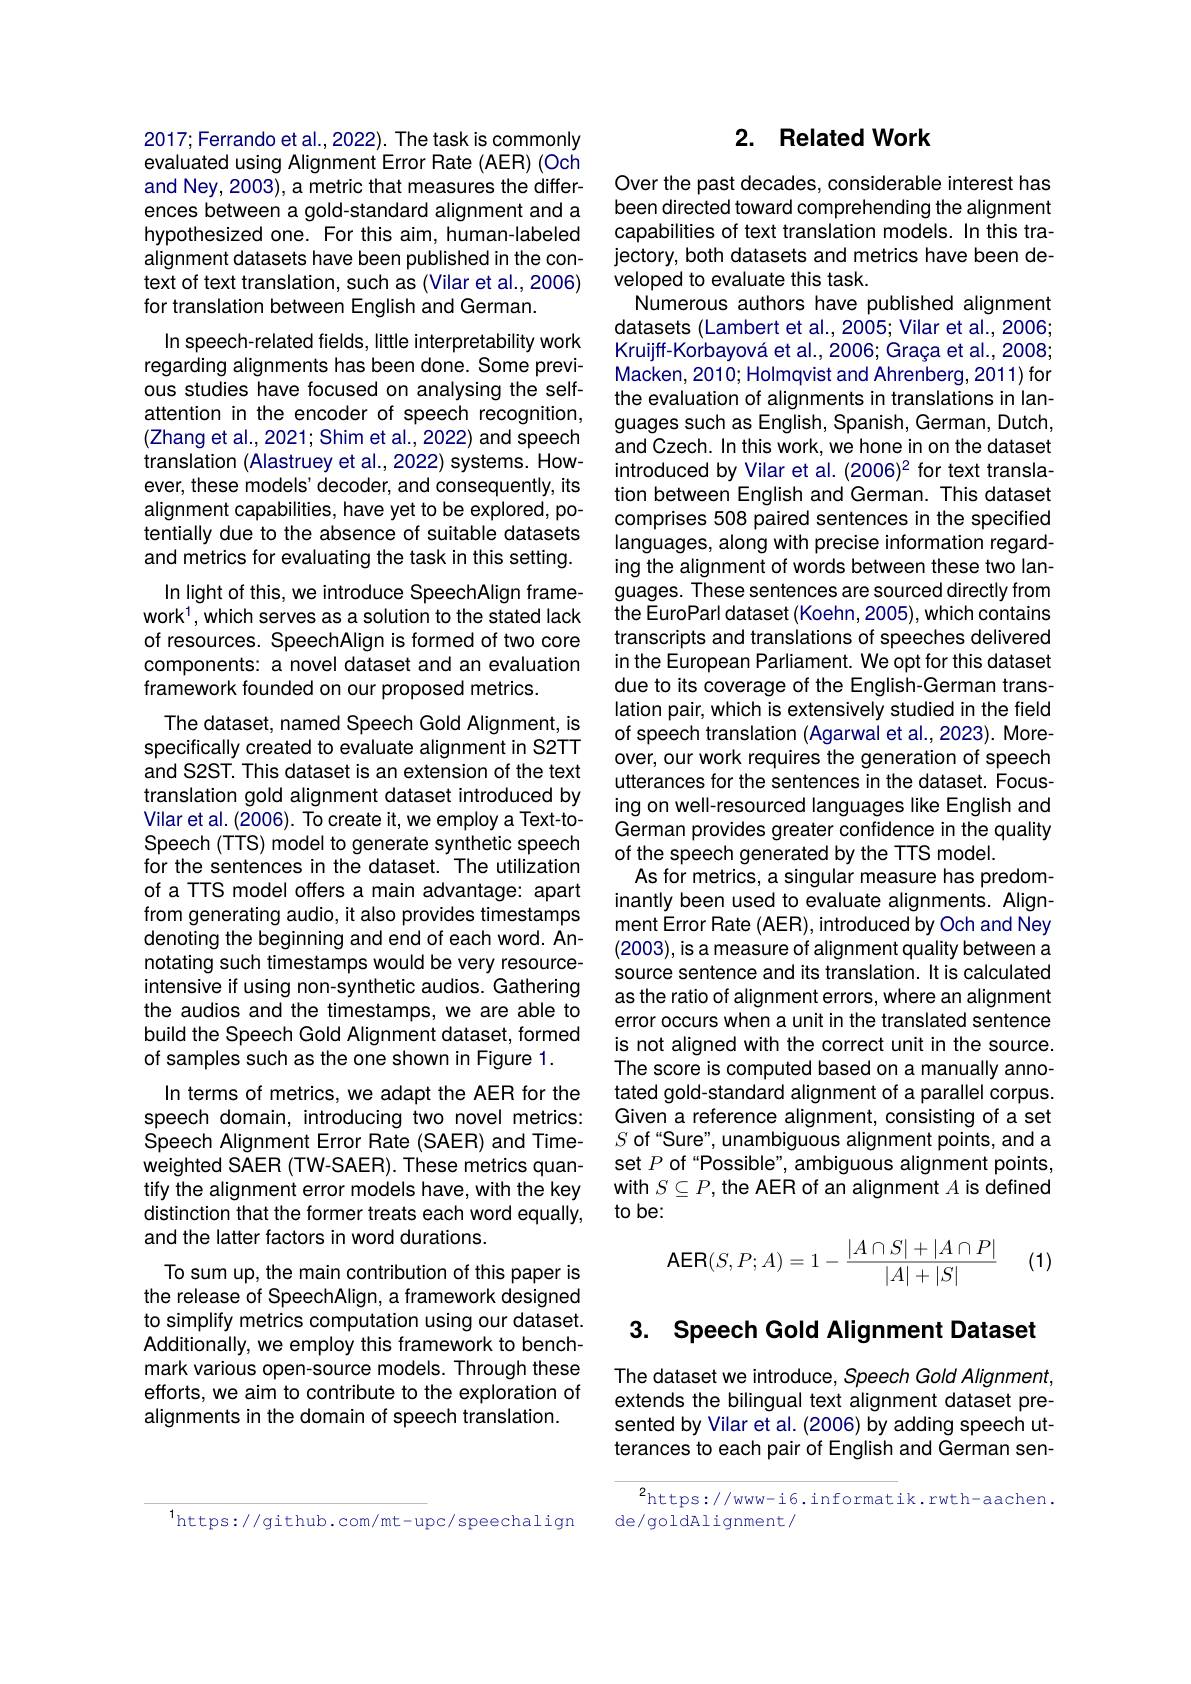
2017; Ferrando et al., 2022). The task is commonly evaluated using Alignment Error Rate (AER) (Och and Ney, 2003), a metric that measures the differences between a gold-standard alignment and a hypothesized one. For this aim, human-labeled alignment datasets have been published in the context of text translation, such as (Vilar et al.,2006) for translation between English and German.
In speech-related fields, little interpretability work regarding alignments has been done. Some previous studies have focused on analysing the selfattention in the encoder of speech recognition, (Zhang et al., 2021; Shim et al., 2022) and speech translation (Alastruey et al., 2022) systems. However, these models' decoder, and consequently, its alignment capabilities, have yet to be explored, potentially due to the absence of suitable datasets and metrics for evaluating the task in this setting.
In light of this, we introduce SpeechAlign framework$^1$,which serves as a solution to the stated lack of resources. SpeechAlign is formed of two core components: a novel dataset and an evaluation framework founded on our proposed metrics.
The dataset, named Speech Gold Alignment, is specifically created to evaluate alignment in S2TT and S2ST. This dataset is an extension of the text translation gold alignment dataset introduced by Vilar et al. (2006). To create it, we employ a Text-toSpeech (TTS) model to generate synthetic speech for the sentences in the dataset. The utilization of a TTS model offers a main advantage: apart from generating audio, it also provides timestamps denoting the beginning and end of each word. Annotating such timestamps would be very resourceintensive if using non-synthetic audios. Gathering the audios and the timestamps, we are able to build the Speech Gold Alignment dataset, formed of samples such as the one shown in Figure 1.
In terms of metrics, we adapt the AER for the speech domain, introducing two novel metrics: Speech Alignment Error Rate (SAER) and Timeweighted SAER (TW-SAER). These metrics quantify the alignment error models have, with the key distinction that the former treats each word equally, and the latter factors in word durations.
To sum up, the main contribution of this paper is the release of SpeechAlign, a framework designed to simplify metrics computation using our dataset. Additionally, we employ this framework to benchmark various open-source models. Through these efforts, we aim to contribute to the exploration of alignments in the domain of speech translation.

## 2. Related Work

Over the past decades, considerable interest has been directed toward comprehending the alignment capabilities of text translation models. In this trajectory, both datasets and metrics have been developed to evaluate this task.
Numerous authors have published alignment datasets (Lambert et al., 2005; Vilar et al., 2006; Kruijff-Korbayová et al., 2006; Graça et al., 2008; Macken, 2010; Holmqvist and Ahrenberg, 2011) for the evaluation of alignments in translations in languages such as English, Spanish, German, Dutch, and Czech. In this work, we hone in on the dataset introduced by Vilar et al. (2006)2 for text translation between English and German. This dataset comprises 508 paired sentences in the specified languages, along with precise information regarding the alignment of words between these two languages. These sentences are sourced directly from the EuroParl dataset (Koehn, 2005), which contains transcripts and translations of speeches delivered in the European Parliament. We opt for this dataset due to its coverage of the English-German translation pair, which is extensively studied in the field of speech translation (Agarwal et al.,2023). Moreover, our work requires the generation of speech utterances for the sentences in the dataset. Focusing on well-resourced languages like English and German provides greater confidence in the quality of the speech generated by the TTS model.
As for metrics, a singular measure has predominantly been used to evaluate alignments. Alignment Error Rate (AER), introduced by Och and Ney (2003), is a measure of alignment quality between a source sentence and its translation. It is calculated as the ratio of alignment errors, where an alignment error occurs when a unit in the translated sentence is not aligned with the correct unit in the source. The score is computed based on a manually annotated gold-standard alignment of a parallel corpus. Given a reference alignment, consisting of a set $S$ of " Sure" , unambiguous alignment points, and a set $P$ of“Possible”, ambiguous alignment points, with $S\subseteq P$, the AER of an alignment $A$ is defined to be:
$$\text{AER}(S,P;A)=1-\frac{|A\cap S|+|A\cap P|}{|A|+|S|}$$
(1)

## 3. Speech Gold Alignment Dataset

The dataset we introduce, Speech Gold Alignment, extends the bilingual text alignment dataset presented by Vilar et al. (2006) by adding speech utterances to each pair of English and German sen-

$^{2}$https://www-i6.informatik.rwth-aachen.
de/goldAlignment/

$^{1}$https://github.com/mt-upc/speechalign